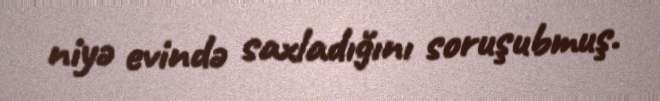
niyə evində saxladığını soruşubmuş.